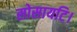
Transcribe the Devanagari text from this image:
सोसायटि।